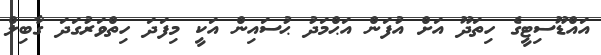
އައްޑޫސިޓީގެ ހިތަދޫ އަށް އުފަން އަޙްމަދު ޙުސައިން އަކީ މިފަދަ ހިތްވަރުގަދަ ގާބިލް